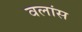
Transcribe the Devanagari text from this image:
वलांस